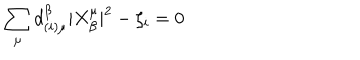
\sum _ { \mu } d _ { ( i ) \mu } ^ { \beta } | X _ { \beta } ^ { \mu } | ^ { 2 } - \zeta _ { i } = 0